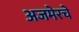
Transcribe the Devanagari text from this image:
अजमेरचे